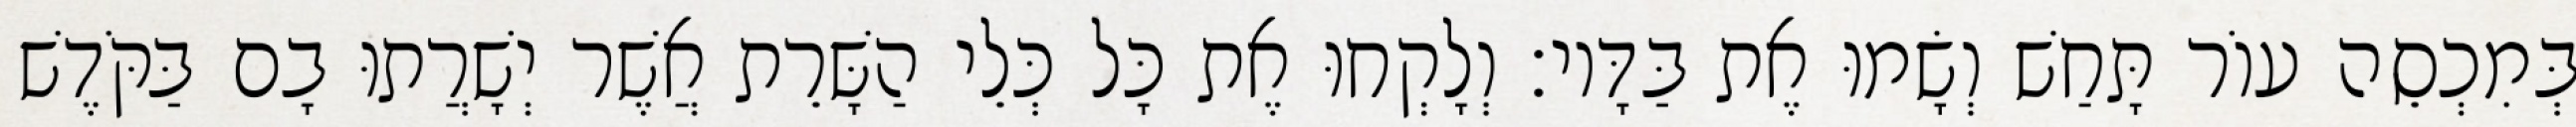
בְּמִכְסֵה עוֹר תָּחַשׁ וְשָׂמוּ אֶת בַּדָּיו׃ וְלָקְחוּ אֶת כָּל כְּלֵי הַשָּׁרֵת אֲשֶׁר יְשָׁרֲתוּ בָם בַּקֹּדֶשׁ